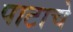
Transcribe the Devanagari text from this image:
पाटाचे